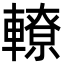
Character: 轑